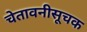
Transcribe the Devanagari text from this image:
चेतावनीसूचक